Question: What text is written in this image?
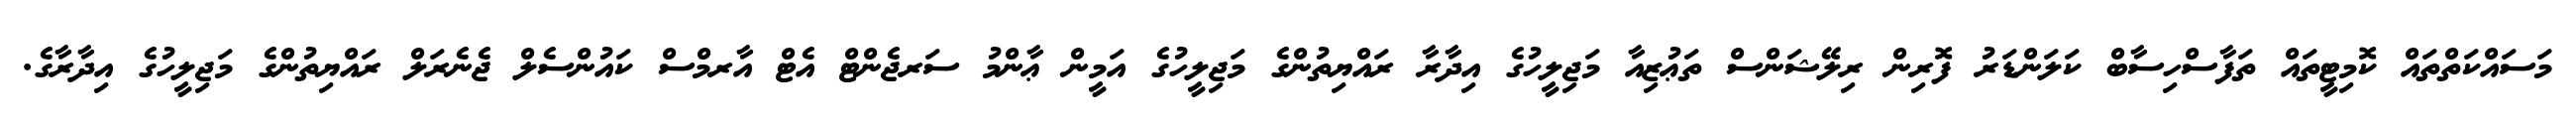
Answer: މަސައްކަތްތައް ކޮމިޓީތައް ތަފާސްހިސާބް ކަލަންޑަރު ފޮރިން ރިލޭޝަންސް ތަޢުޒިއާ މަޖިލީހުގެ އިދާރާ ރައްޔިތުންގެ މަޖިލީހުގެ އަމީން ޢާންމު ސަރޖެންޓް އެޓް އާރމްސް ކައުންސެލް ޖެނެރަލް ރައްޔިތުންގެ މަޖިލީހުގެ އިދާރާގެ.